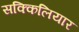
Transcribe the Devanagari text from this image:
सक्किलियार